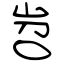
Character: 岧